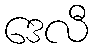
ဒေလီ